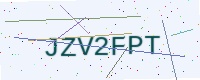
Text: JZV2FPT